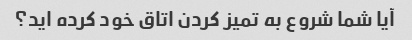
آیا شما شروع به تمیز کردن اتاق خود کرده اید؟